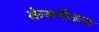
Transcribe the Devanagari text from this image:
केसरीतला